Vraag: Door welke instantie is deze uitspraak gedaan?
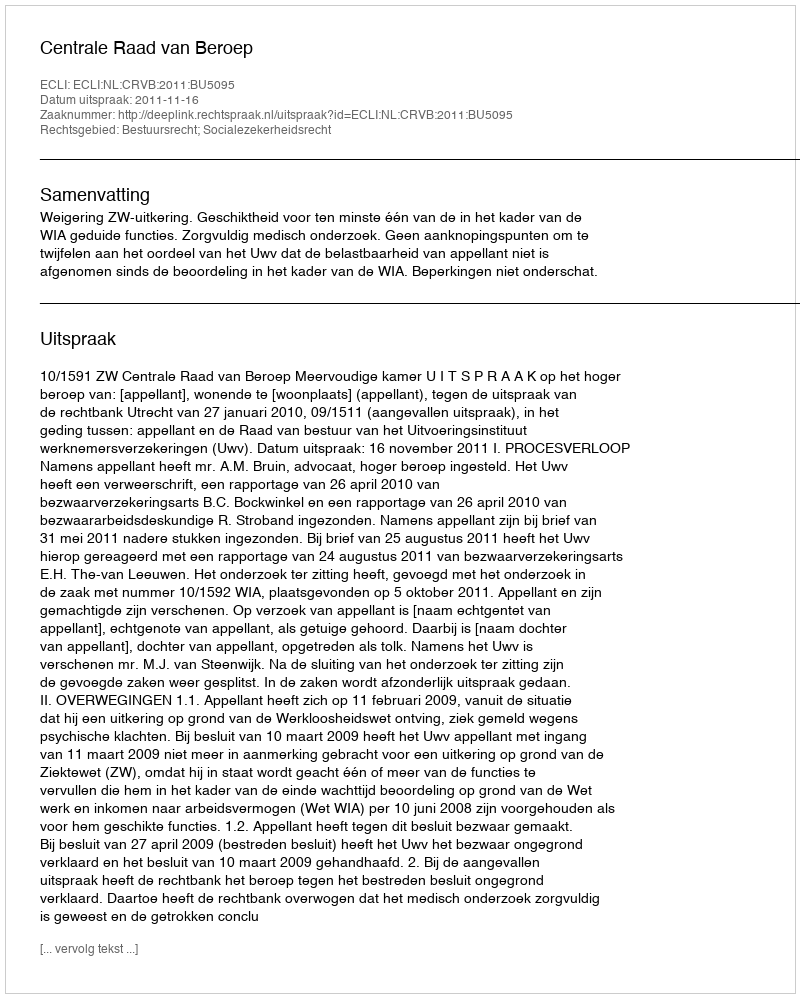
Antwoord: Centrale Raad van Beroep